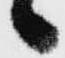
々